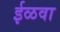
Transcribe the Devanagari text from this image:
ईळवा